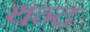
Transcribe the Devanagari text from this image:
थन्द